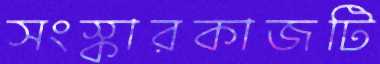
সংস্কারকাজটি